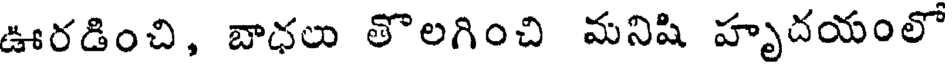
ఊరడించి, బాధలు తొలగించి మనిషి హృదయంలో